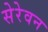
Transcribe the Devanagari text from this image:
सेरेवन